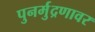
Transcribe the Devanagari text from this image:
पुनर्मुद्रणावर